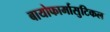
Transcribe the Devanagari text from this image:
बायोफार्मासुटिकल